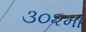
૩૦૨મા